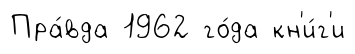
Пра́вда 1962 го́да кн'и́г'и